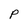
Character: P